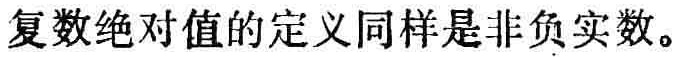
复数绝对值的定义同样是非负实数。